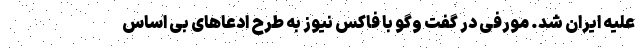
علیه ایران شد. مورفی در گفت وگو با فاکس نیوز به طرح ادعاهای بی اساس